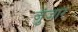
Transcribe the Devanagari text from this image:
जुंजार